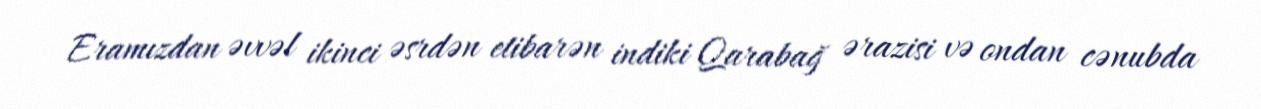
Eramızdan əvvəl ikinci əsrdən etibarən indiki Qarabağ ərazisi və ondan cənubda